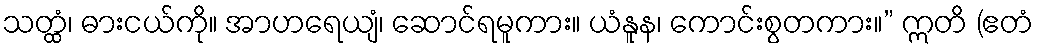
သတ္ထံ၊ ဓားငယ်ကို။ အာဟရေယျံ၊ ဆောင်ရမူကား။ ယံနူန၊ ကောင်းစွတကား။” ဣတိ (ဧတံ